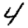
Digit: 4